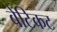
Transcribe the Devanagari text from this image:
बेटिकट